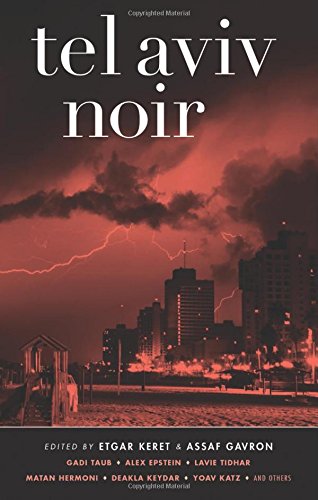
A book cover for Tel Aviv Noir (Akashic Noir); Mystery, Thriller & Suspense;